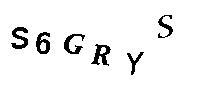
S6GRYS